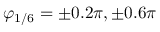
\varphi _ { 1 / 6 } = \pm 0 . 2 \pi , \pm 0 . 6 \pi